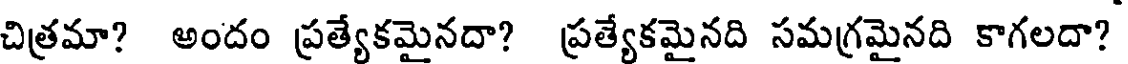
చిత్రమా? అందం ప్రత్యేకమైనదా? ప్రత్యేకమైనది సమగ్రమైనది కాగలదా?